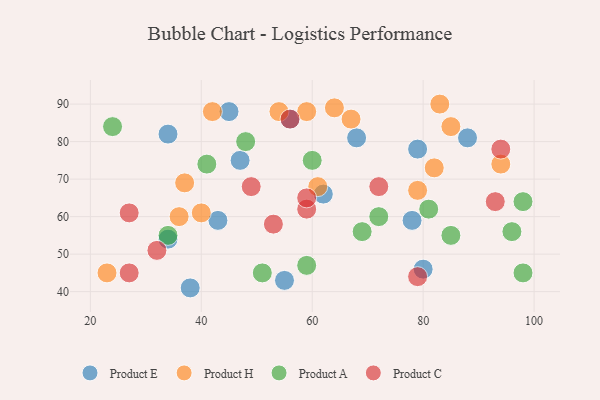
{"axis": {"x": "GDP", "y": "Life Expectancy"}, "legend": ["Product A", "Product C", "Product E", "Product H"], "data": [{"x": "62", "y": 66, "type": "Product E"}, {"x": "47", "y": 75, "type": "Product E"}, {"x": "55", "y": 43, "type": "Product E"}, {"x": "38", "y": 41, "type": "Product E"}, {"x": "88", "y": 81, "type": "Product E"}, {"x": "34", "y": 82, "type": "Product E"}, {"x": "78", "y": 59, "type": "Product E"}, {"x": "68", "y": 81, "type": "Product E"}, {"x": "56", "y": 86, "type": "Product E"}, {"x": "79", "y": 78, "type": "Product E"}, {"x": "34", "y": 54, "type": "Product E"}, {"x": "45", "y": 88, "type": "Product E"}, {"x": "80", "y": 46, "type": "Product E"}, {"x": "43", "y": 59, "type": "Product E"}, {"x": "54", "y": 88, "type": "Product H"}, {"x": "36", "y": 60, "type": "Product H"}, {"x": "23", "y": 45, "type": "Product H"}, {"x": "67", "y": 86, "type": "Product H"}, {"x": "59", "y": 88, "type": "Product H"}, {"x": "79", "y": 67, "type": "Product H"}, {"x": "94", "y": 74, "type": "Product H"}, {"x": "40", "y": 61, "type": "Product H"}, {"x": "37", "y": 69, "type": "Product H"}, {"x": "82", "y": 73, "type": "Product H"}, {"x": "61", "y": 68, "type": "Product H"}, {"x": "85", "y": 84, "type": "Product H"}, {"x": "42", "y": 88, "type": "Product H"}, {"x": "83", "y": 90, "type": "Product H"}, {"x": "64", "y": 89, "type": "Product H"}, {"x": "72", "y": 60, "type": "Product A"}, {"x": "51", "y": 45, "type": "Product A"}, {"x": "69", "y": 56, "type": "Product A"}, {"x": "59", "y": 47, "type": "Product A"}, {"x": "98", "y": 45, "type": "Product A"}, {"x": "48", "y": 80, "type": "Product A"}, {"x": "34", "y": 55, "type": "Product A"}, {"x": "60", "y": 75, "type": "Product A"}, {"x": "24", "y": 84, "type": "Product A"}, {"x": "98", "y": 64, "type": "Product A"}, {"x": "96", "y": 56, "type": "Product A"}, {"x": "41", "y": 74, "type": "Product A"}, {"x": "81", "y": 62, "type": "Product A"}, {"x": "85", "y": 55, "type": "Product A"}, {"x": "56", "y": 86, "type": "Product C"}, {"x": "53", "y": 58, "type": "Product C"}, {"x": "79", "y": 44, "type": "Product C"}, {"x": "32", "y": 51, "type": "Product C"}, {"x": "94", "y": 78, "type": "Product C"}, {"x": "59", "y": 62, "type": "Product C"}, {"x": "27", "y": 45, "type": "Product C"}, {"x": "49", "y": 68, "type": "Product C"}, {"x": "27", "y": 61, "type": "Product C"}, {"x": "72", "y": 68, "type": "Product C"}, {"x": "59", "y": 65, "type": "Product C"}, {"x": "93", "y": 64, "type": "Product C"}]}